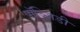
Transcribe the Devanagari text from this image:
पॉञ्जिडी